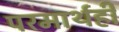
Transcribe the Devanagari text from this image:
परमार्थही